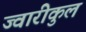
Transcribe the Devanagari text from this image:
ज्वारीकुल